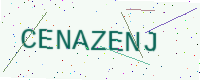
Text: CENAZENJ